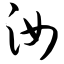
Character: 汝